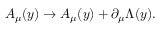
A _ { \mu } ( y ) \rightarrow A _ { \mu } ( y ) + \partial _ { \mu } \Lambda ( y ) .